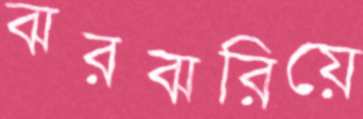
ঝরঝরিয়ে